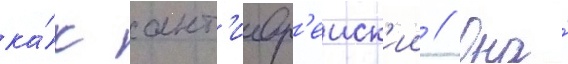
ка́к ант'иевр'еиск'ии // Она́